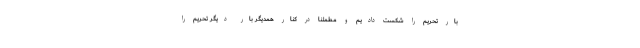
بار تحریم را شکست دادیم و مطمئنا در کنار همدیگر بار دیگر تحریم را